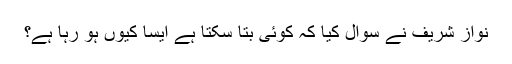
نواز شریف نے سوال کیا کہ کوئی بتا سکتا ہے ایسا کیوں ہو رہا ہے؟